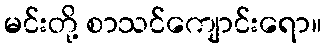
မင်းတို့ စာသင်ကျောင်းရော။